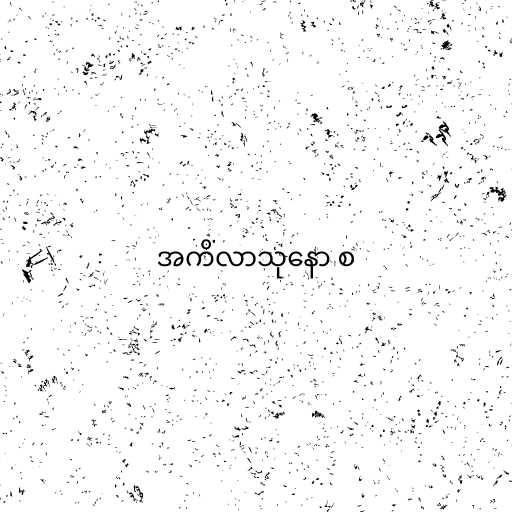
အကိလာသုနော စ